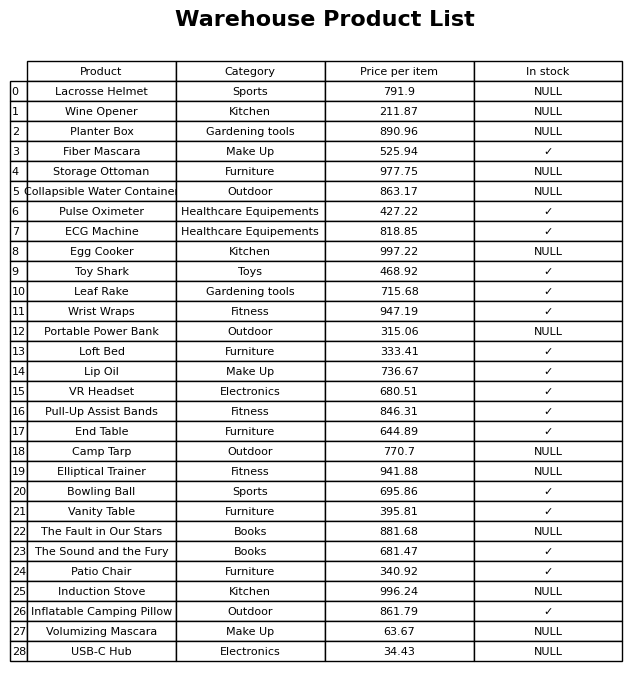
question: What is the price for Storage Ottoman?
answer: The price of Storage Ottoman is 977.75.